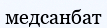
медсанбат